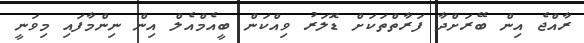
ރާއްޖެ އިން ބޭރަށްދާ ފަރާތްތަކަށް ޑޮލަރު ވިއްކަން ބީއެމްއެލް އިން ނިންމާފައި މިވަނީ